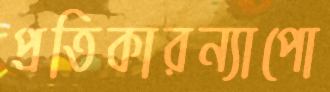
প্রতিকারন্যাপো